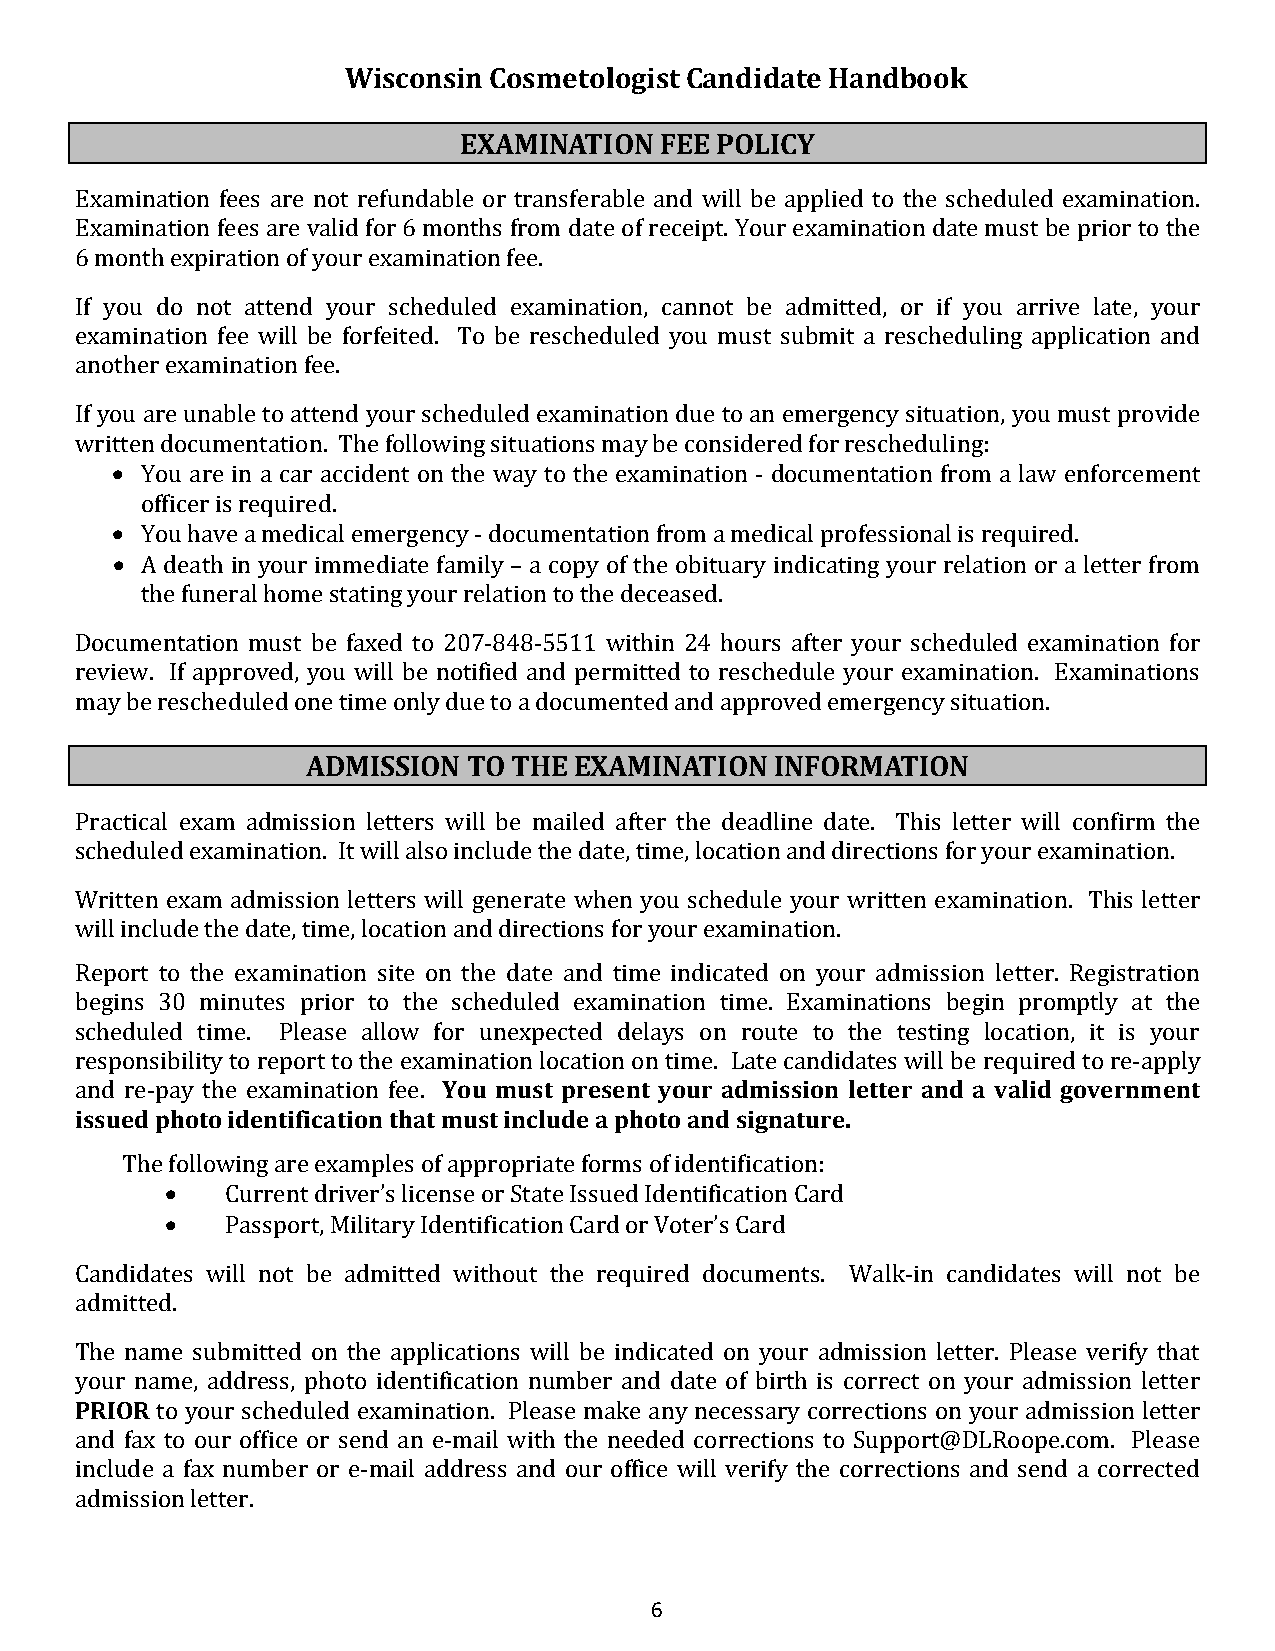
Wisconsin Cosmetologist Candidate Handbook
 EXAMINATION   FEE POLICY
 Examination fees are not refundable or transferable and will be applied to the scheduled examination.
 Examination fees are valid for 6 months from date of receipt. Your examination date must be prior to the
 6 month expiration of your examination fee.
 If you do not attend your scheduled examination, cannot be admitted, or if you arrive late, your
 examination fee will be forfeited. To be rescheduled you must submit a rescheduling application and
 another examination fee.
 If yo•u are unable to attend your scheduled examination due to an emergency situation, you must provide
 written documentation. The following situations may be considered for rescheduling:
 • You are in a car accident on the way to the examination - documentation from a law enforcement
 • officer is required.
 You have a medical emergency - documentation from a medical professional is required.
 A death in your immediate family – a copy of the obituary indicating your relation or a letter from
 the funeral home stating your relation to the deceased.
 Documentation must be faxed to 207-848-5511 within 24 hours after your scheduled examination for
 review. If approved, you will be notified and permitted to reschedule your examination. Examinations
 may be rescheduled one time only due to a documented and approved emergency situation.
 ADMISSION  TO THE EXAMINATION  INFORMATION
 Practical exam admission letters will be mailed after the deadline date. This letter will confirm the
 scheduled examination. It will also include the date, time, location and directions for your examination.
 Written exam admission letters will generate when you schedule your written examination. This letter
 w ill include the date, time, location and directions for your examination.
 Report to the examination site on the date and time indicated on your admission letter. Registration
 begins 30 minutes prior to the scheduled examination time. Examinations begin promptly at the
 scheduled time. Please allow foYro uu nmeuxpste cptreeds ednetla yyos uor na drmouitses ioton ltehtet etre satnindg al ovcaaltiido ng,o vite rins myeonurt
 risessupeodn spibhiolittoy itdo ernetpiofircta ttoi othne t hexaat mmiunsatt iionnc lloucdaet iao np hoont toim ane.d Lsaigten acatundreid. a tes will be required to re-apply
 and re-pay the examination fee.
 •
 The •fo llowing are examples of appropriate forms of identification:
 Current driver’s license or State Issued Identification Card
 Passport, Military Identification Card or Voter’s Card
 Candidates will not be admitted without the required documents. Walk-in candidates will not be
 admitted.
 TPhReIO nRame submitted on the applications will be indicated on your admission letter. Please verify that
 your name, address, photo identification number and date of birth is correct on your admission letter
 to your scheduled examination. Please make any necessary corrections on your admission letter
 and fax to our office or send an e-mail with the needed corrections to Support@DLRoope.com. Please
 include a fax number or e-mail address and our office will verify the corrections and send a corrected
 admission letter.
 6